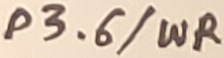
Text: P3.6/WR